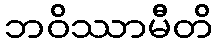
ဘဝိဿာမီတိ